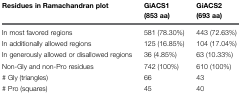
| Residues in Ramachandran plot | GiACS1 (853 aa) | GiACS2 (693 aa) |
 | --- | --- | --- |
 | In most favored regions | 581 (78.30%) | 443 (72.63%) |
 | In additionally allowed regions | 125 (16.85%) | 104 (17.04%) |
 | In generously allowed or disallowed regions | 36 (4.85%) | 63 (10.33%) |
 | Non-Gly and non-Pro residues | 742 (100%) | 610 (100%) |
 | # Gly (triangles) | 66 | 43 |
 | # Pro (squares) | 45 | 40 |